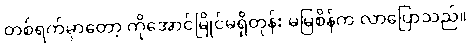
တစ်ရက်မှာတော့ ကိုအောင်မြိုင်မရှိတုန်း မမြစိန်က လာပြောသည်။